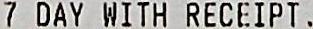
7 DAYS WITH RECEIPT .